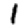
Digit: 1